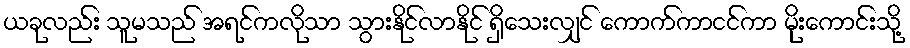
ယခုလည်း သူမသည် အရင်ကလိုသာ သွားနိုင်လာနိုင် ရှိသေးလျှင် ကောက်ကာငင်ကာ မိုးကောင်းသို့